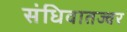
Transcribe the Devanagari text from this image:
संधिवातज्वर